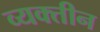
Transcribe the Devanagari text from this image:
व्यक्तीन